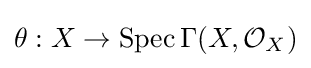
\theta :X\to \operatorname {Spec} \Gamma (X,{\mathcal {O}}_{X})